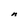
Character: n